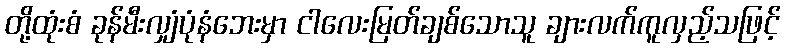
တို့ထုံးစံ ခုန်မီးလျှံပုံနံဘေးမှာ ငါလေးမြတ်ချစ်သောသူ ချားလက်ကူလှည့်သဖြင့်